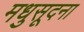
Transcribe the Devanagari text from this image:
मधुसूदना